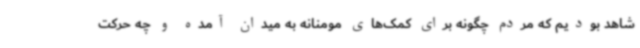
شاهد بودیم که مردم چگونه برای کمک‌های مومنانه به میدان آمده و چه حرکت